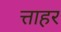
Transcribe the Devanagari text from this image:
त्ताहर